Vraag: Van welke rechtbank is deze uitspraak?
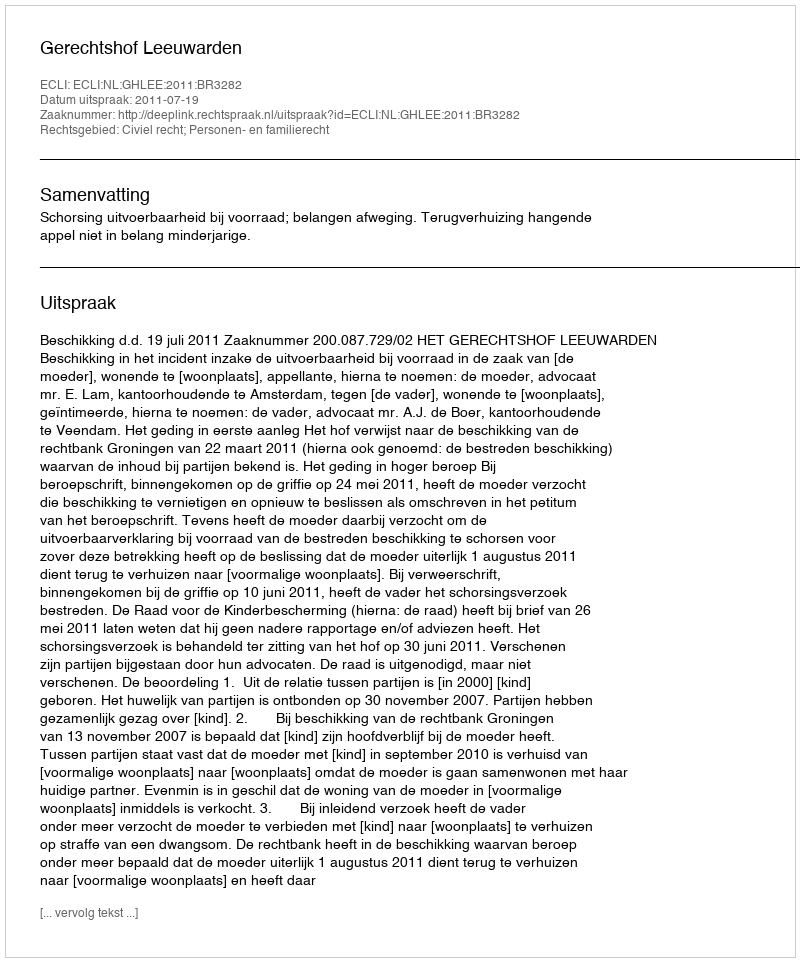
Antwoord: Gerechtshof Leeuwarden